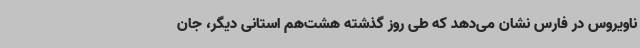
ناویروس در فارس نشان می‌دهد که طی روز گذشته هشت‌هم استانی دیگر، جان